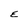
Character: E